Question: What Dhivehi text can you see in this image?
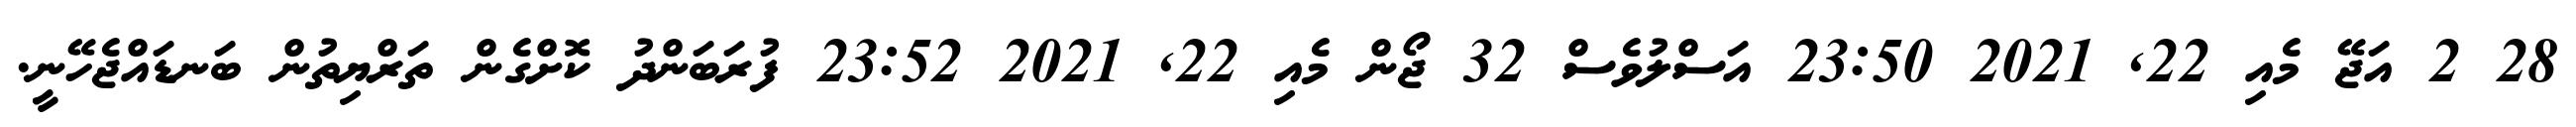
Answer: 28 2 އަޖޭ މެއި 22, 2021 23:50 އަސްލުވެސް 32 ޖޯން މެއި 22, 2021 23:52 ފުރަބަންދު ކޮށްގެން ތަރްޔިތުން ބަނޑައްޖެހޭނީ.